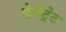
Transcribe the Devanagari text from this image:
पेनेट्रेट